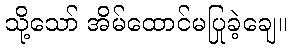
သို့သော် အိမ်ထောင်မပြုခဲ့ချေ။